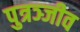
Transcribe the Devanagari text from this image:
पुत्रञ्जीव